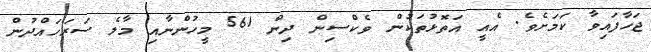
ޖަހާފައިވާ ކަމަށެވެ. އެއީ އަތޮޅުތަކުން ވެކްސިން ދިން 561 މީހުންނާއި މާލެ ސަރަހައްދުން